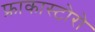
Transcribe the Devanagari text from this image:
फ्राकास्टोरो